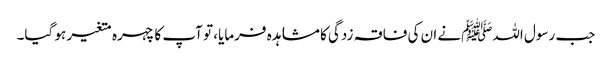
جب رسول اللہﷺنے ان کی فاقہ زدگی کا مشاہدہ فرمایا، تو آپ کا چہرہ متغیر ہو گیا۔